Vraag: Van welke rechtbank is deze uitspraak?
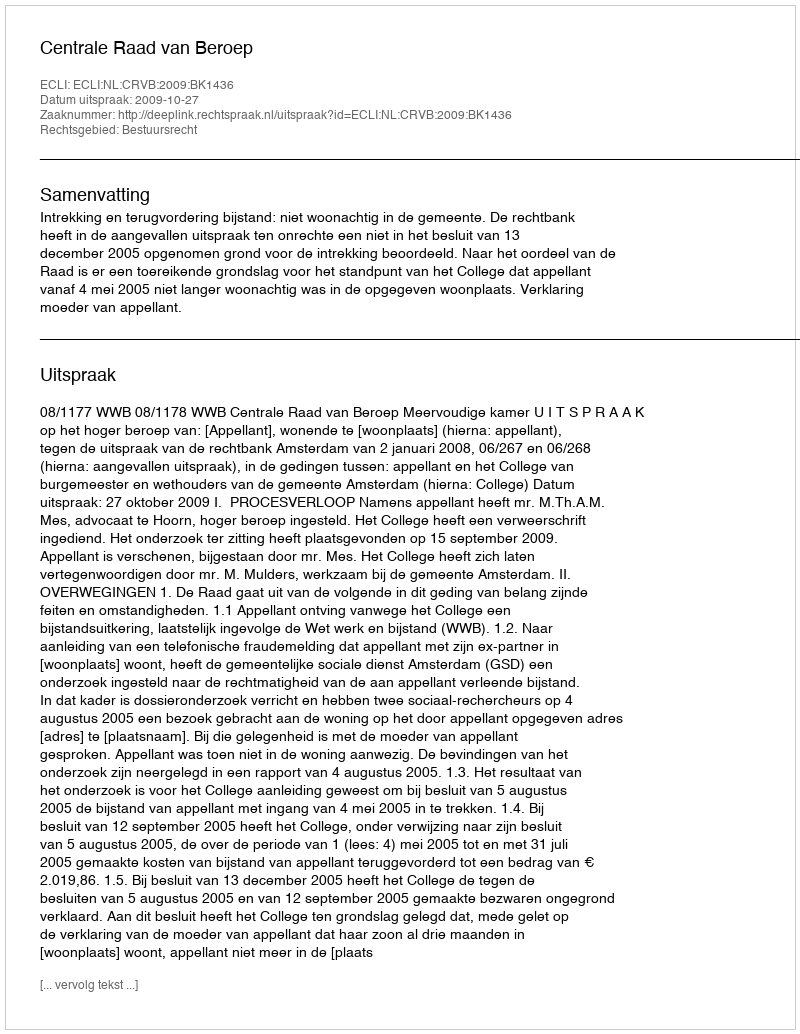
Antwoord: Centrale Raad van Beroep